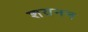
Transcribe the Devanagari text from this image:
शयनन